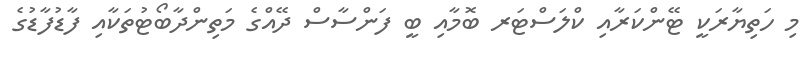
މި ހަތިޔާރަކީ ޓޭންކަރާއި ކްލަސްޓަރ ބޮމާއި ބީ ފަންސާސް ދޭއްގެ މަތިންދާބޯޓުތަކާއި ފާޑުފާޑުގެ